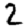
Digit: 2